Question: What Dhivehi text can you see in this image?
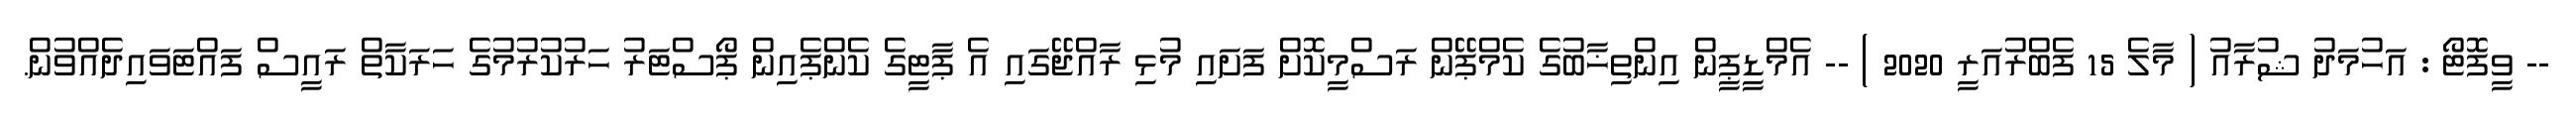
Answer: -- ވީފޮޓޯ : އަހުމަދު ޝުރާއު ( މާލެ 15 ފެބްރުއަރީ 2020 ) -- އެމްޑީޕީން އިންތިޚާބުގެ ކެމްޕޭން ރަސްމީކޮށް ފަށައި މުޅި ރާއްޖޭގައި އެ ޕާޓީގެ ކެންޕެއިން ޕޯސްޓަރު ހަރުކުރުމުގެ ހަރަކާތް ރައީސް ފައްޓަވައިދެއްވުން.